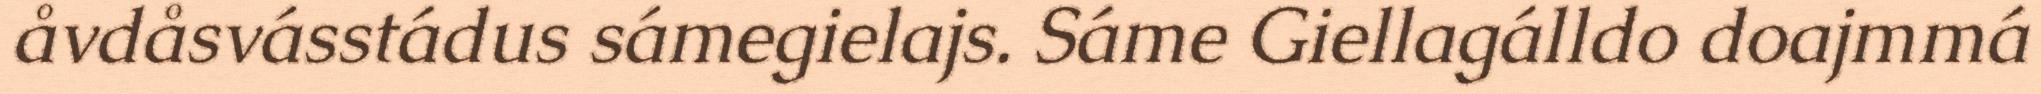
åvdåsvásstádus sámegielajs. Sáme Giellagálldo doajmmá